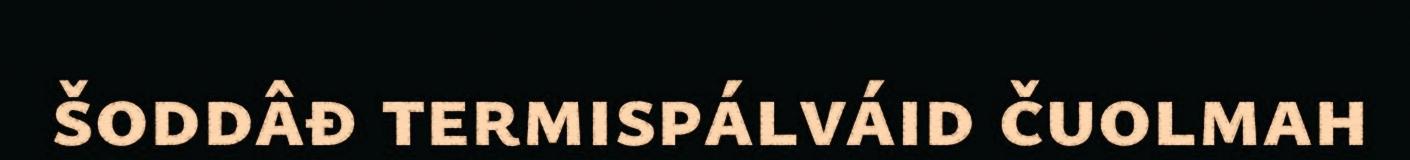
šoddâđ termispálváid čuolmah